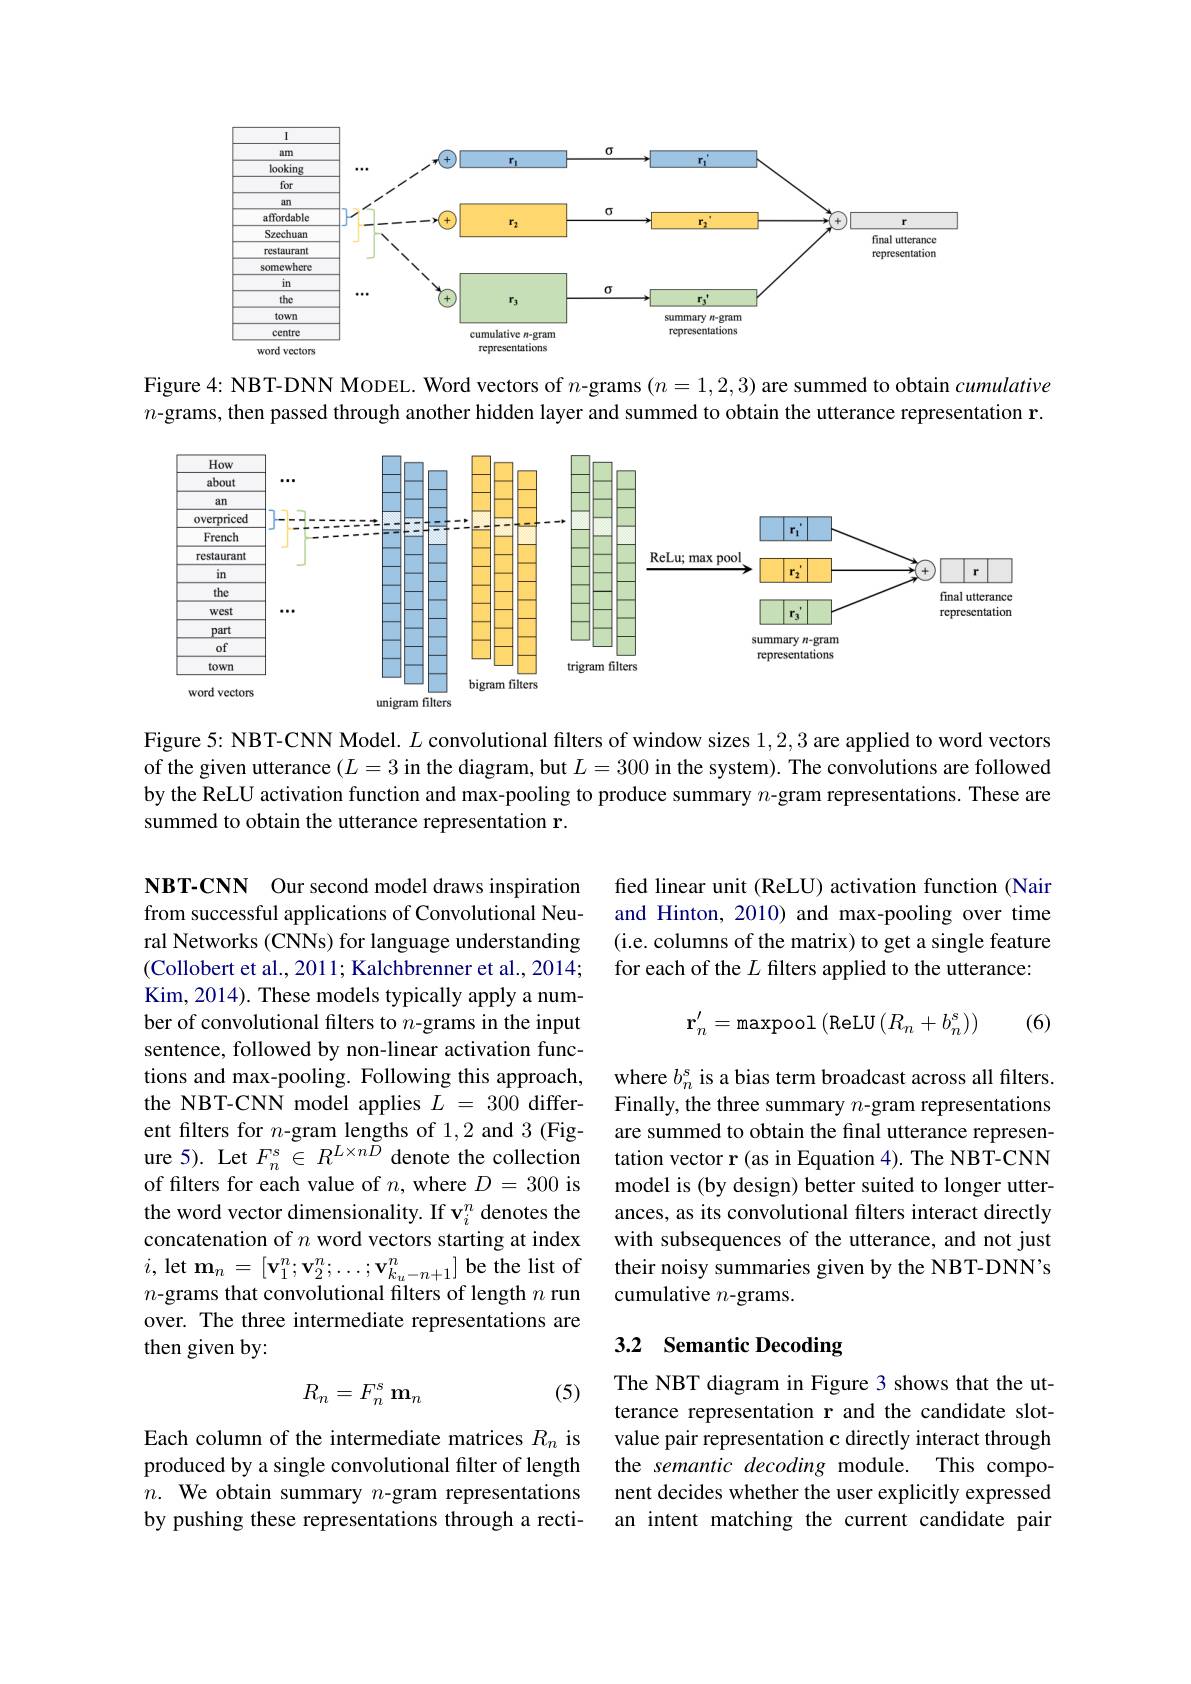
<FigureHere>

Figure 4: NBT-DNN MoDEL. Word vectors of $n$-grams $(n=1,2,3)$ are summed to obtain cumulative $n$-grams, then passed through another hidden layer and summed to obtain the utterance representation r.

<FigureHere>

Figure 5: NBT-CNN Model. $L$ convolutional filters of window sizes 1,2,3 are applied to word vectors of the given utterance $(L=3$ in the diagram, but $L=300$ in the system). The convolutions are followed by the ReLU activation function and max-pooling to produce summary $n$-gram representations. These are summed to obtain the utterance representation r.

fed linear unit (ReLU) activation function (Nair and Hinton, 2010) and max-pooling over time (i.e. columns of the matrix) to get a single feature for each of the $L$ filters applied to the utterance:
$$\mathbf{r}_n'=\text{maxpool (ReLU}(R_n+b_n^s))$$
(6)

NBT-CNN Our second model draws inspiration from successful applications of Convolutional Neural Networks (CNNs) for language understanding (Collobert et al., 2011; Kalchbrenner et al., 2014; Kim, 2014). These models typically apply a number of convolutional filters to $n$-grams in the input sentence, followed by non-linear activation functions and max-pooling. Following this approach, the NBT-CNN model applies $L=300$ different filters for $n$-gram lengths of 1,2 and 3(Figure 5). Let $F_{n}^{s}\in R^{L\times n\tilde{D}}$ denote the collection of filters for each value of $n$, where $D=300$ is the word vector dimensionality. If v$_i^n$ denotes the concatenation of $n$ word vectors starting at index $i$,let $\mathbf{m}_n=[\mathbf{v}_{1}^{n};\mathbf{v}_{2}^{n};\ldots;\mathbf{v}_{k_{u}-n+1}^{n}]$be the list of $n{\mathrm{-grams~that~convolutional~filters~of~length~}n}$ run over. The three intermediate representations are then given by:

where $b_n^s$ is a bias term broadcast across all filters. Finally, the three summary $n$-gram representations are summed to obtain the final utterance representation vector r (as in Equation 4). The NBT-CNN model is (by design) better suited to longer utterances, as its convolutional filters interact directly with subsequences of the utterance, and not just their noisy summaries given by the NBT-DNN's cumulative $n$-grams.

## 3.2 Semantic Decoding

(5)
$$R_n=F_n^s\:\mathbf{m}_n$$
The NBT diagram in Figure 3 shows that the utterance representation r and the candidate slotvalue pair representation c directly interact through the semantic decoding module. This component decides whether the user explicitly expressed an intent matching the current candidate pair

Each column of the intermediate matrices $R_n$ is produced by a single convolutional filter of length $n.$ We obtain summary $n$-gram representations by pushing these representations through a recti-